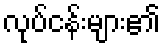
လုပ်ငန်းများ၏